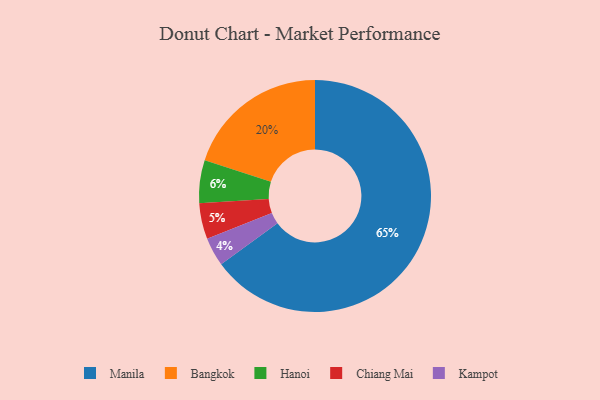
{"axis": {"x": "Category", "y": "Percentage"}, "legend": ["Bangkok", "Chiang Mai", "Hanoi", "Kampot", "Manila"], "data": [{"x": "Hanoi", "y": 6, "type": "Hanoi"}, {"x": "Manila", "y": 65, "type": "Manila"}, {"x": "Chiang Mai", "y": 5, "type": "Chiang Mai"}, {"x": "Kampot", "y": 4, "type": "Kampot"}, {"x": "Bangkok", "y": 20, "type": "Bangkok"}]}